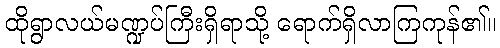
ထိုရွာလယ်မဏ္ဍပ်ကြီးရှိရာသို့ ရောက်ရှိလာကြကုန်၏။